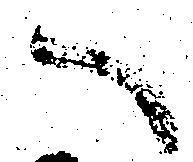
へ